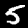
Digit: 5